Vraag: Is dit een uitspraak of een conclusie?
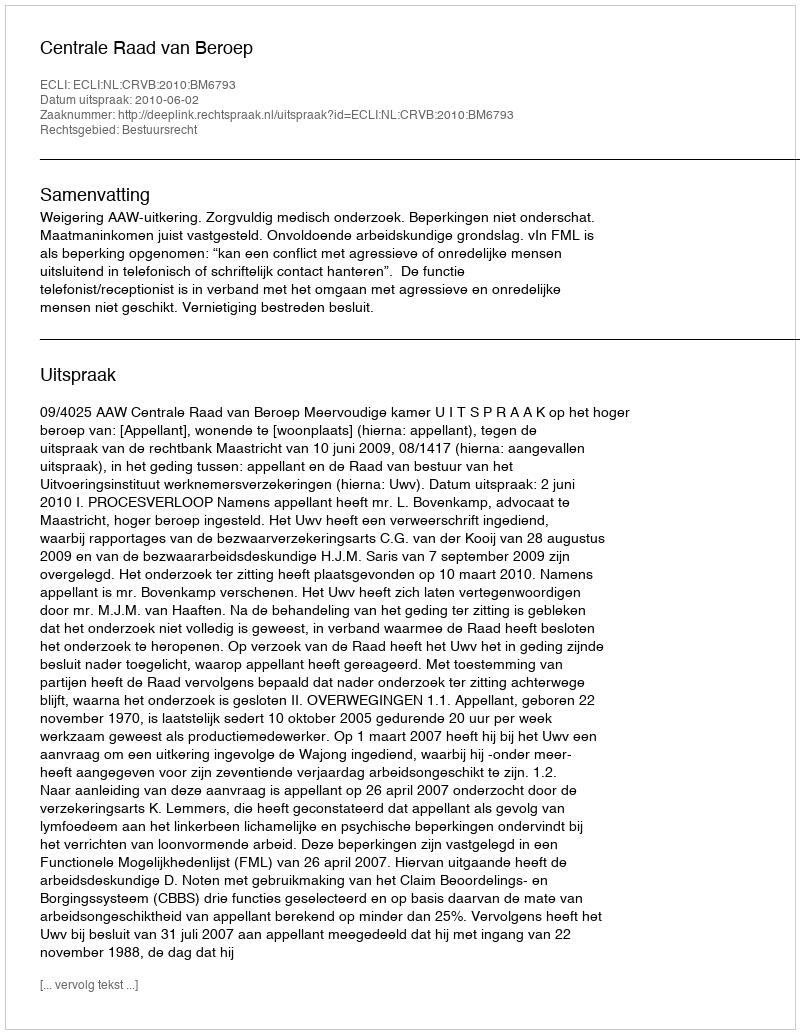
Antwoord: Uitspraak